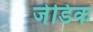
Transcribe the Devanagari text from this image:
जेडिक